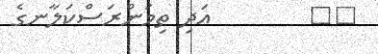
٧٥        އަދި ތިމަންރަސްކަލާނގެ